Scottish Leaving Certificate Examination, 1958
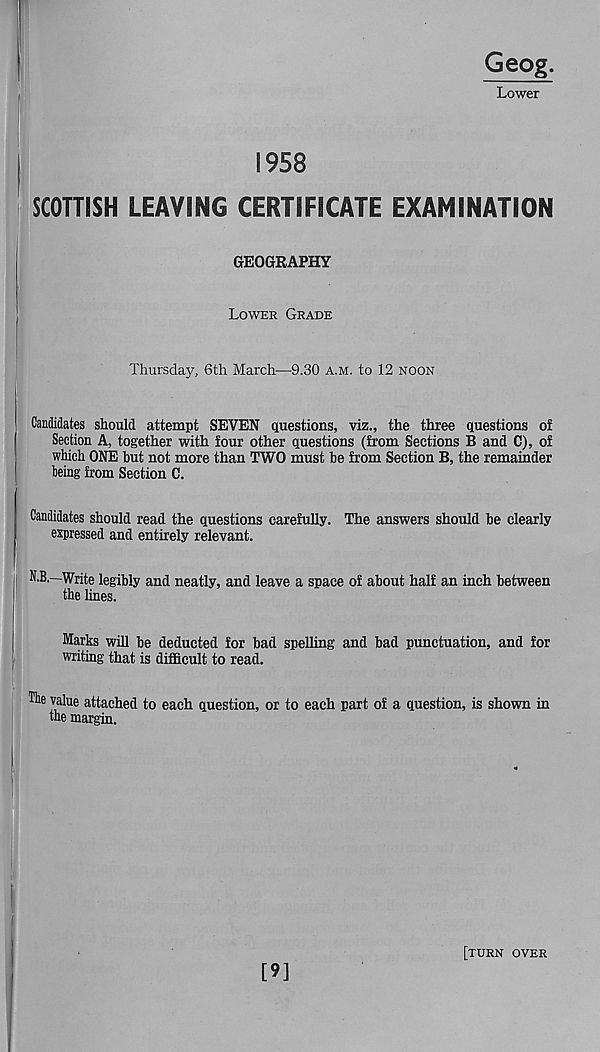
Geog.
Lower
1958 .
SCOTTISH LEAVING CERTIFICATE EXAMINATION
GEOGRAPHY
Lower Grade
Thursday, 6th March—9.30 A.M. to 12 noon
Candidates should attempt SEVEN questions, viz., the three questions of
Section A, together with four other questions (from Sections B and C), of
which ONE hut not more than TWO must he from Section B, the remainder
being from Section C.
Candidates should read the questions carefully. The answers should he clearly
expressed and entirely relevant.
N.B.—Write legibly and neatly, and leave a space of about half an inch between
the lines.
Marks will he deducted for had spelling and bad punctuation, and for
writing that is difficult to read.
The value attached to each question, or to each part of a question, is shown in
the margin.
[9]
[turn over